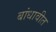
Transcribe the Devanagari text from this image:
बांधावीत